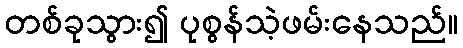
တစ်ခုသွား၍ ပုစွန်သဲ့ဖမ်းနေသည်။